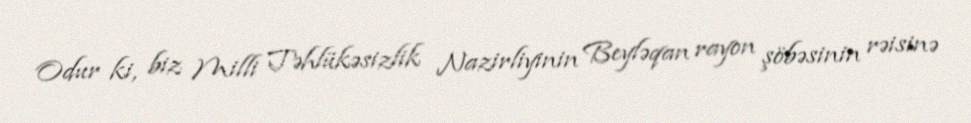
Odur ki, biz Milli Təhlükəsizlik Nazirliyinin Beyləqan rayon şöbəsinin rəisinə